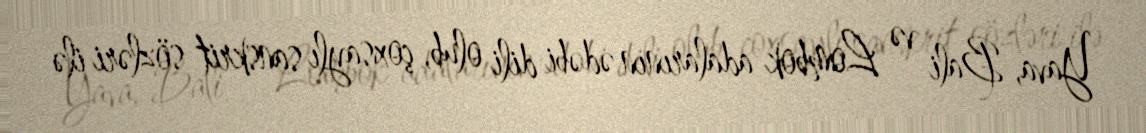
Yava, Bali və Lombok adalarının ədəbi dili olub, çoxsaylı sanskrit sözləri ilə